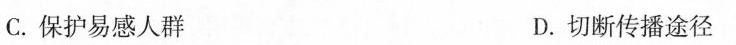
C.保护易感人群 D.切断传播途径